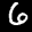
Label: 6